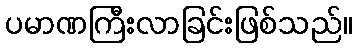
ပမာဏကြီးလာခြင်းဖြစ်သည်။